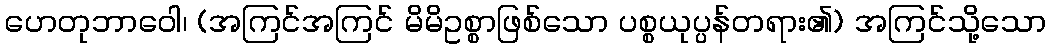
ဟေတုဘာဝေါ၊ (အကြင်အကြင် မိမိဥစ္စာဖြစ်သော ပစ္စယုပ္ပန်တရား၏) အကြင်သို့သော